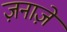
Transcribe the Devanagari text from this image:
ज़नाज़े